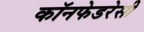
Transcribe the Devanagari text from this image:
कॉनफेडरेसी